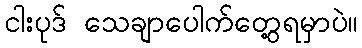
ငါးပုဒ် သေချာပေါက်တွေ့ရမှာပဲ။